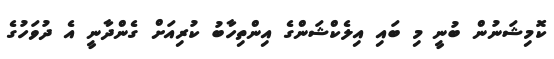
ކޮމިޝަނުން ބުނީ މި ބައި އިލެކްޝަންގެ އިންތިހާބު ކުރިއަށް ގެންދާނީ އެ ދުވަހުގެ